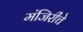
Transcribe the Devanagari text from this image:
मंजिरीचे